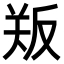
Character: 𪠫